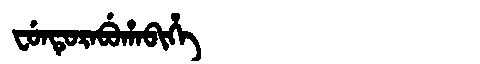
Manchu: ᠸᡠᠨᡨᡠᡵᠠᠪᡠᡥᠠᠪᡳᡥᡝ
Romanization: FUNTURABUHABIHE